Insane asylums Bombay 1873-77 - 1873-1877
Year: 1873
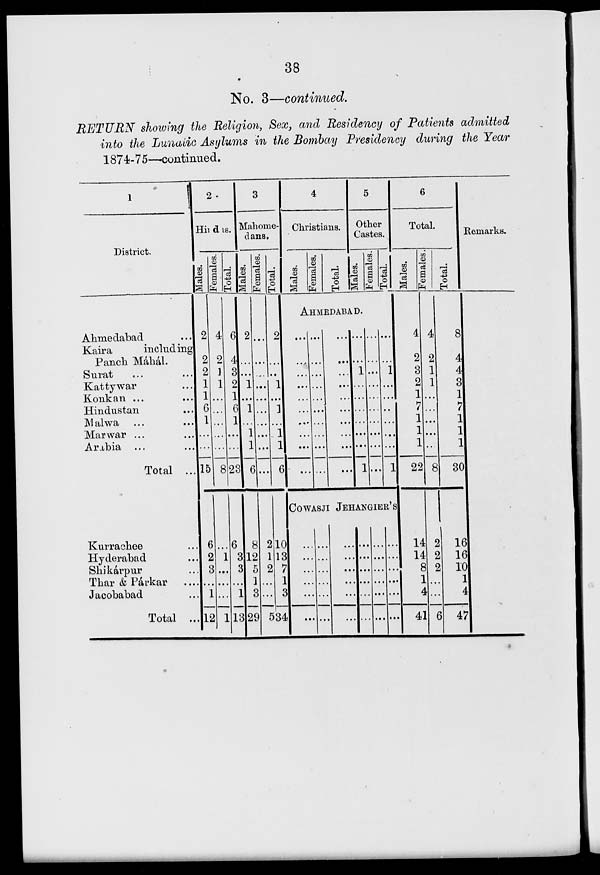
38
No. 3—continued.
RETURN showing the Religion, Sex, and Residency of Patients admitted
into the Lunatic Asylums in the Bombay Presidency during the Year
1874-75—continued.
1
District.
Ahmedabad ...
Kaira
including
Panch Máhál.
Surat ... ...
Kattywar ...
Konkan ... ...
Hindustan ...
Malwa ... ...
Marwar ... ...
Arabia ... ...
Total ...
Kurrachee ...
Hyderabad ...
Shikárpur ...
Thar & Párkar
Jacobabad ...
Total ...
2
Hindus.
Males.
2
2
2
1
1
6
1
...
...
15
6
2
3
...
1
12
Females.
4
2
1
1
...
...
...
...
...
8
...
1
...
...
...
1
Total.
6
4
3
2
1
6
1
...
...
23
6
3
3
...
1
13
3
Mahome-
dans.
Males.
2
...
...
1
...
1
...
1
1
6
8
12
5
1
3
29
Females.
...
...
...
...
...
...
...
...
...
...
2
1
2
...
...
5
Total.
2
...
...
1
...
1
...
1
1
6
10
13
7
1
3
34
4
Christians.
Males.
Females.
Total.
5
Other
Castes.
Males.
Females.
Total.
AHMEDABAD.
...
...
...
...
...
...
...
...
...
...
...
...
...
...
...
...
...
...
...
...
...
...
...
...
...
...
...
...
...
...
...
...
1
...
...
...
...
...
...
1
...
...
...
...
...
...
...
...
...
...
...
...
1
... 1
...
...
...
...
1
COWASJI JEHANGIER'S
...
...
...
...
...
...
...
...
...
...
...
...
...
...
...
...
...
...
...
...
...
...
...
...
...
...
...
...
...
...
...
...
...
...
...
...
6
Total.
Males.
4
2
3
2
1
7
1
1
1
22
14
14
8
1
4
41
Females.
4
2
1
1
...
...
...
...
...
8
2
2
2
...
...
6
Total.
8
4
4
3
1
7
1
1
1
30
16
16
10
1
4
47
Remarks.